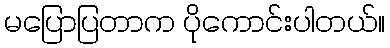
မပြောပြတာက ပိုကောင်းပါတယ်။